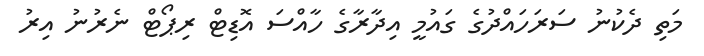
މަތި ދެކުނު ސަރަހައްދުގެ ގައުމީ އިދާރާގެ ހާއްސަ އޮޑިޓް ރިޕޯޓް ނެރުނު އިރު